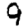
Digit: 9